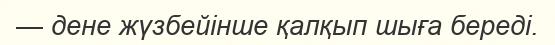
— дене жүзбейінше қалқып шыға береді.